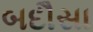
બદૌસા